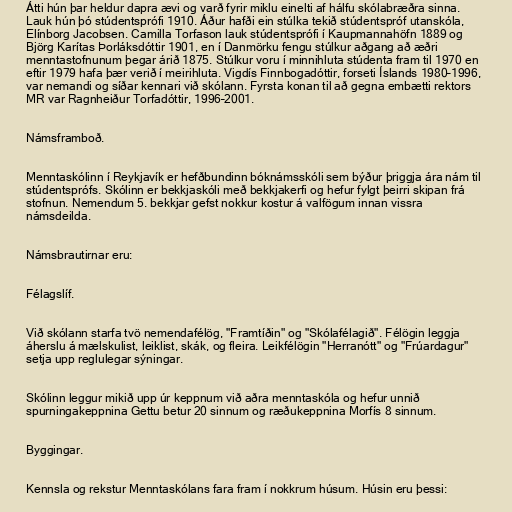
Átti hún þar heldur dapra ævi og varð fyrir miklu einelti af hálfu skólabræðra sinna.
Lauk hún þó stúdentsprófi 1910. Áður hafði ein stúlka tekið stúdentspróf utanskóla,
Elínborg Jacobsen. Camilla Torfason lauk stúdentsprófi í Kaupmannahöfn 1889 og
Björg Karítas Þorláksdóttir 1901, en í Danmörku fengu stúlkur aðgang að æðri
menntastofnunum þegar árið 1875. Stúlkur voru í minnihluta stúdenta fram til 1970 en
eftir 1979 hafa þær verið í meirihluta. Vigdís Finnbogadóttir, forseti Íslands 1980–1996,
var nemandi og síðar kennari við skólann. Fyrsta konan til að gegna embætti rektors
MR var Ragnheiður Torfadóttir, 1996–2001.

Námsframboð.

Menntaskólinn í Reykjavík er hefðbundinn bóknámsskóli sem býður þriggja ára nám til
stúdentsprófs. Skólinn er bekkjaskóli með bekkjakerfi og hefur fylgt þeirri skipan frá
stofnun. Nemendum 5. bekkjar gefst nokkur kostur á valfögum innan vissra
námsdeilda.

Námsbrautirnar eru:

Félagslíf.

Við skólann starfa tvö nemendafélög, "Framtíðin" og "Skólafélagið". Félögin leggja
áherslu á mælskulist, leiklist, skák, og fleira. Leikfélögin "Herranótt" og "Frúardagur"
setja upp reglulegar sýningar.

Skólinn leggur mikið upp úr keppnum við aðra menntaskóla og hefur unnið
spurningakeppnina Gettu betur 20 sinnum og ræðukeppnina Morfís 8 sinnum.

Byggingar.

Kennsla og rekstur Menntaskólans fara fram í nokkrum húsum. Húsin eru þessi: